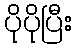
ပိုပိုပြီး